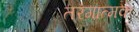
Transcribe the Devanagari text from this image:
तरंगात्मक